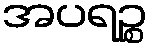
အပရဉ္စ